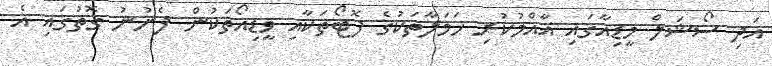
އަދި ސޯޝަލް މީޑިއާގައި އާއްމުކުރި ހަމަލާތަކުގެ ފޮޓޯތަކާއި ވީޑިއޯތަކުން ފެނުނު ގޮތުގައި އެ